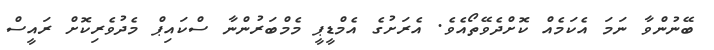
ބޭނުންވާ ނަމަ އެކަމެއް ކޮށްދެވޭތޯއެވެ. އެރަށުގެ އެމްޑީޕީ މެމްބަރުންނާ ސްކައިޕް މެދުވެރިކޮށް ރައީސް